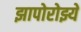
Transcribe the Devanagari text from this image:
झापोरोझ्ये